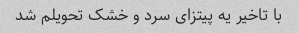
با تاخیر یه پیتزای سرد و خشک تحویلم شد